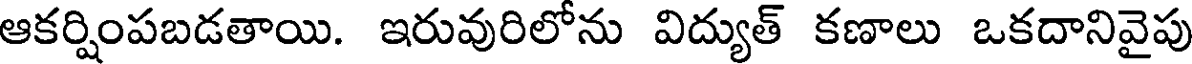
ఆకర్షింపబడతాయి. ఇరువురిలోను విద్యుత్ కణాలు ఒకదానివైపు